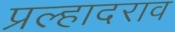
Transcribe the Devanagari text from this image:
प्रल्हादराव